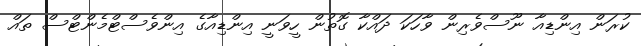
ކުރަން އިންޑިއާ ނޫސްވެރިން ވާހަކަ ދައްކާ ގޮތުން ހީވަނީ އިންޑިއާގެ އިންވެސްޓްމެންޓްސް ތައް